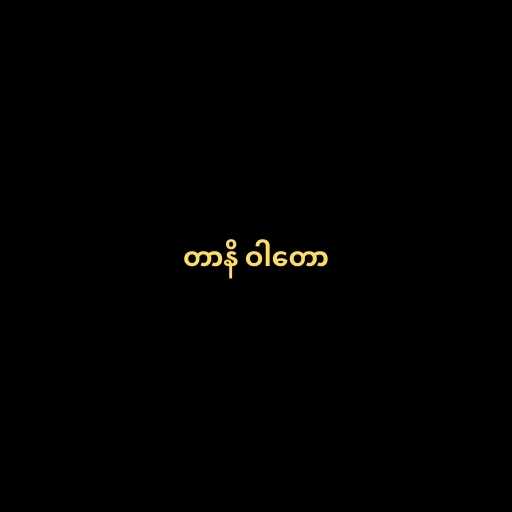
တာနိ ဝါတော